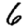
Digit: 6